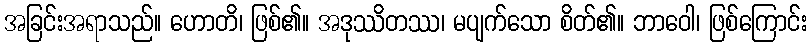
အခြင်းအရာသည်။ ဟောတိ၊ ဖြစ်၏။ အဒုဿိတဿ၊ မပျက်သော စိတ်၏။ ဘာဝေါ၊ ဖြစ်ကြောင်း